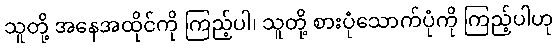
သူတို့ အနေအထိုင်ကို ကြည့်ပါ၊ သူတို့ စားပုံသောက်ပုံကို ကြည့်ပါဟု